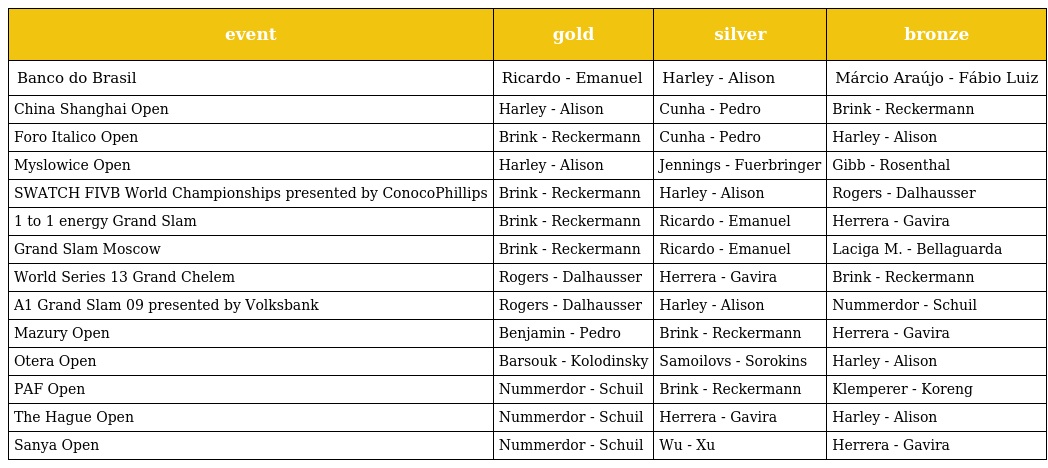
| event | gold | silver | bronze |
 | --- | --- | --- | --- |
 | Banco do Brasil | Ricardo - Emanuel | Harley - Alison | Márcio Araújo - Fábio Luiz |
 | China Shanghai Open | Harley - Alison | Cunha - Pedro | Brink - Reckermann |
 | Foro Italico Open | Brink - Reckermann | Cunha - Pedro | Harley - Alison |
 | Myslowice Open | Harley - Alison | Jennings - Fuerbringer | Gibb - Rosenthal |
 | SWATCH FIVB World Championships presented by ConocoPhillips | Brink - Reckermann | Harley - Alison | Rogers - Dalhausser |
 | 1 to 1 energy Grand Slam | Brink - Reckermann | Ricardo - Emanuel | Herrera - Gavira |
 | Grand Slam Moscow | Brink - Reckermann | Ricardo - Emanuel | Laciga M. - Bellaguarda |
 | World Series 13 Grand Chelem | Rogers - Dalhausser | Herrera - Gavira | Brink - Reckermann |
 | A1 Grand Slam 09 presented by Volksbank | Rogers - Dalhausser | Harley - Alison | Nummerdor - Schuil |
 | Mazury Open | Benjamin - Pedro | Brink - Reckermann | Herrera - Gavira |
 | Otera Open | Barsouk - Kolodinsky | Samoilovs - Sorokins | Harley - Alison |
 | PAF Open | Nummerdor - Schuil | Brink - Reckermann | Klemperer - Koreng |
 | The Hague Open | Nummerdor - Schuil | Herrera - Gavira | Harley - Alison |
 | Sanya Open | Nummerdor - Schuil | Wu - Xu | Herrera - Gavira |